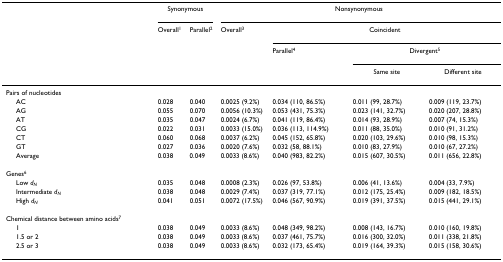
<table><thead><tr><td></td><td colspan="2"><b>Synonymous</b></td><td colspan="4"><b>Nonsynonymous</b></td></tr><tr><td></td><td><b>Overall<sup>1</sup></b></td><td><b>Parallel<sup>2</sup></b></td><td><b>Overall<sup>3</sup></b></td><td colspan="3"><b>Coincident</b></td></tr><tr><td></td><td></td><td></td><td></td><td><b>Parallel<sup>4</sup></b></td><td colspan="2"><b>Divergent<sup>5</sup></b></td></tr><tr><td></td><td></td><td></td><td></td><td></td><td><b>Same site</b></td><td><b>Different site</b></td></tr></thead><tbody><tr><td>Pairs of nucleotides</td><td></td><td></td><td></td><td></td><td></td><td></td></tr><tr><td> AC</td><td>0.028</td><td>0.040</td><td>0.0025 (9.2%)</td><td>0.034 (110, 86.5%)</td><td>0.011 (99, 28.7%)</td><td>0.009 (119, 23.7%)</td></tr><tr><td> AG</td><td>0.055</td><td>0.070</td><td>0.0056 (10.3%)</td><td>0.053 (431, 75.3%)</td><td>0.023 (141, 32.7%)</td><td>0.020 (207, 28.8%)</td></tr><tr><td> AT</td><td>0.035</td><td>0.047</td><td>0.0024 (6.7%)</td><td>0.041 (119, 86.4%)</td><td>0.014 (93, 28.9%)</td><td>0.007 (74, 15.3%)</td></tr><tr><td> CG</td><td>0.022</td><td>0.031</td><td>0.0033 (15.0%)</td><td>0.036 (113, 114.9%)</td><td>0.011 (88, 35.0%)</td><td>0.010 (91, 31.2%)</td></tr><tr><td> CT</td><td>0.060</td><td>0.068</td><td>0.0037 (6.2%)</td><td>0.045 (152, 65.8%)</td><td>0.020 (103, 29.6%)</td><td>0.010 (98, 15.3%)</td></tr><tr><td> GT</td><td>0.027</td><td>0.036</td><td>0.0020 (7.6%)</td><td>0.032 (58, 88.1%)</td><td>0.010 (83, 27.9%)</td><td>0.010 (67, 27.2%)</td></tr><tr><td> Average</td><td>0.038</td><td>0.049</td><td>0.0033 (8.6%)</td><td>0.040 (983, 82.2%)</td><td>0.015 (607, 30.5%)</td><td>0.011 (656, 22.8%)</td></tr><tr><td>Genes<sup>6</sup></td><td></td><td></td><td></td><td></td><td></td><td></td></tr><tr><td> Low <i>d</i><sub><i>N</i></sub></td><td>0.035</td><td>0.048</td><td>0.0008 (2.3%)</td><td>0.026 (97, 53.8%)</td><td>0.006 (41, 13.6%)</td><td>0.004 (33, 7.9%)</td></tr><tr><td> Intermediate <i>d</i><sub><i>N</i></sub></td><td>0.038</td><td>0.048</td><td>0.0029 (7.4%)</td><td>0.037 (319, 77.1%)</td><td>0.012 (175, 25.4%)</td><td>0.009 (182, 18.5%)</td></tr><tr><td> High <i>d</i><sub><i>N</i></sub></td><td>0.041</td><td>0.051</td><td>0.0072 (17.5%)</td><td>0.046 (567, 90.9%)</td><td>0.019 (391, 37.5%)</td><td>0.015 (441, 29.1%)</td></tr><tr><td>Chemical distance between amino acids<sup>7</sup></td><td></td><td></td><td></td><td></td><td></td><td></td></tr><tr><td> 1</td><td>0.038</td><td>0.049</td><td>0.0033 (8.6%)</td><td>0.048 (349, 98.2%)</td><td>0.008 (143, 16.7%)</td><td>0.010 (160, 19.8%)</td></tr><tr><td> 1.5 or 2</td><td>0.038</td><td>0.049</td><td>0.0033 (8.6%)</td><td>0.037 (461, 75.7%)</td><td>0.016 (300, 32.0%)</td><td>0.011 (338, 21.8%)</td></tr><tr><td> 2.5 or 3</td><td>0.038</td><td>0.049</td><td>0.0033 (8.6%)</td><td>0.032 (173, 65.4%)</td><td>0.019 (164, 39.3%)</td><td>0.015 (158, 30.6%)</td></tr></tbody></table>